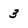
Character: 3